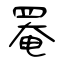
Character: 罨